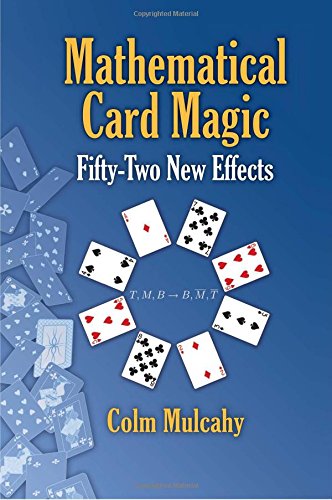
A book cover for Mathematical Card Magic: Fifty-Two New Effects; Colm Mulcahy; Humor & Entertainment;